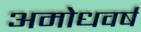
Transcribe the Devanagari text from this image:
अमोधवर्ष